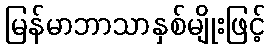
မြန်မာဘာသာနှစ်မျိုးဖြင့်